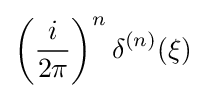
\left({\frac {i}{2\pi }}\right)^{n}\delta ^{(n)}(\xi )